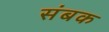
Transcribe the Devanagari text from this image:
संबक